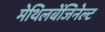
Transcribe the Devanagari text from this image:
मेथिलबेंजिनेल्ट